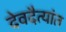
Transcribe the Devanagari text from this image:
देवदैत्यांत